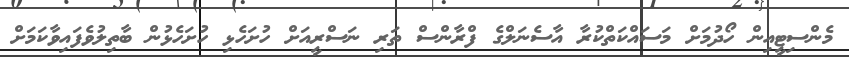
މެންސިޓީއިން ހޯދުމަށް މަސައްކަތްކުރާ އާސެނަލްގެ ފްރާންސް ތަރި ނަސްރީއަށް ހުށަހެޅި ހުށަހެޅުން ބާތިލުވެފައިވާކަމަށް